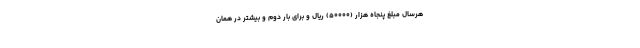
هرسال مبلغ پنجاه هزار (۵۰۰۰۰) ریال و برای بار دوم و بیشتر در همان